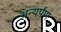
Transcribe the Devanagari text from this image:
अन्यर्पण